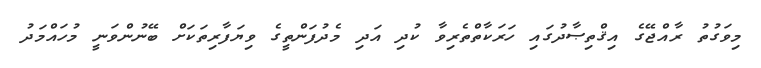
މިވަގުތު ރާއްޖޭގެ އިޤްތިޞާދުގައި ހަރަކާތްތެރިވާ ކުދި އަދި މެދުފަންތީގެ ވިޔަފާރިތަކަށް ބޭނުންވަނީ މުހައްމަދު